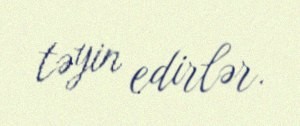
təyin edirlər.